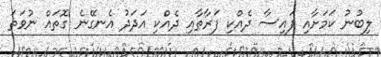
ލިބުނު ކަމަށާއި ފައިސާ ދެއްކި ފަރާތާއި ދެއްކި އަދަދު އެނގޭނެ ގޮތައް ނުވަތަ